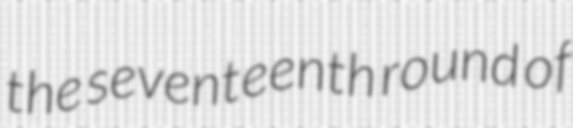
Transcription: the seventeenth round of